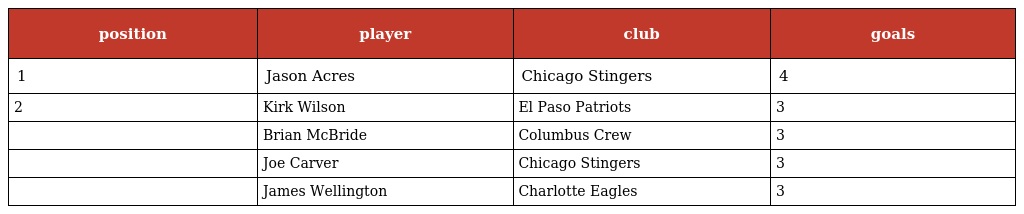
| position | player | club | goals |
 | --- | --- | --- | --- |
 | 1 | Jason Acres | Chicago Stingers | 4 |
 | 2 | Kirk Wilson | El Paso Patriots | 3 |
 |  | Brian McBride | Columbus Crew | 3 |
 |  | Joe Carver | Chicago Stingers | 3 |
 |  | James Wellington | Charlotte Eagles | 3 |